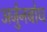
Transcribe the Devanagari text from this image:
अर्जुनबोध